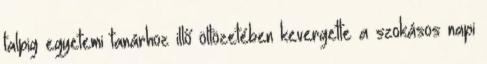
talpig egyetemi tanárhoz illő öltözetében kevergette a szokásos napi